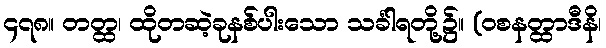
၄၇၈။ တတ္ထ၊ ထိုတဆဲ့ခုနစ်ပါးသော သင်္ခါရတို့၌။ (ဝစနတ္ထာဒီနိ၊